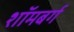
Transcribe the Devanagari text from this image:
शॉमबर्ग